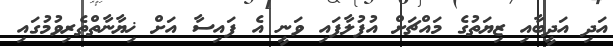
އަދި އަދީބާއި ޒިޔަތުގެ މައްޗަށް އުފުލާފައި ވަނީ އެ ފައިސާ އަށް ޚިޔާނާތްތެރިވުމުގައި